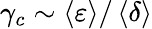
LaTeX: \gamma_{c}\sim\left\langle\varepsilon\right\rangle/\left\langle\delta\right\rangle